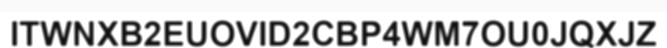
ITWNXB2EUOVID2CBP4WM7OU0JQXJZ